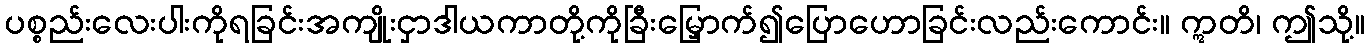
ပစ္စည်းလေးပါးကိုရခြင်းအကျိုးငှာဒါယကာတို့ကိုခြီးမြှောက်၍ပြောဟောခြင်းလည်းကောင်း။ ဣတိ၊ ဤသို့။